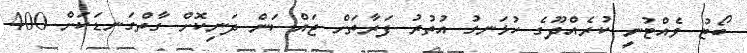
ބޯޓު ވެއްޓުނީ ކުރެއްދޫގެ ހުޅަނގު އުތުރު ފަރާތަށް ޖައްސަން ދަނިކޮށް ގާތްގަނޑަކަށް 400